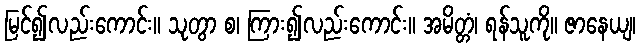
မြင်၍လည်းကောင်း။ သုတွာ စ၊ ကြား၍လည်းကောင်း။ အမိတ္တံ၊ ရန်သူကို။ ဇာနေယျ၊